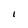
Character: I